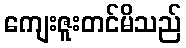
ကျေးဇူးတင်မိသည်